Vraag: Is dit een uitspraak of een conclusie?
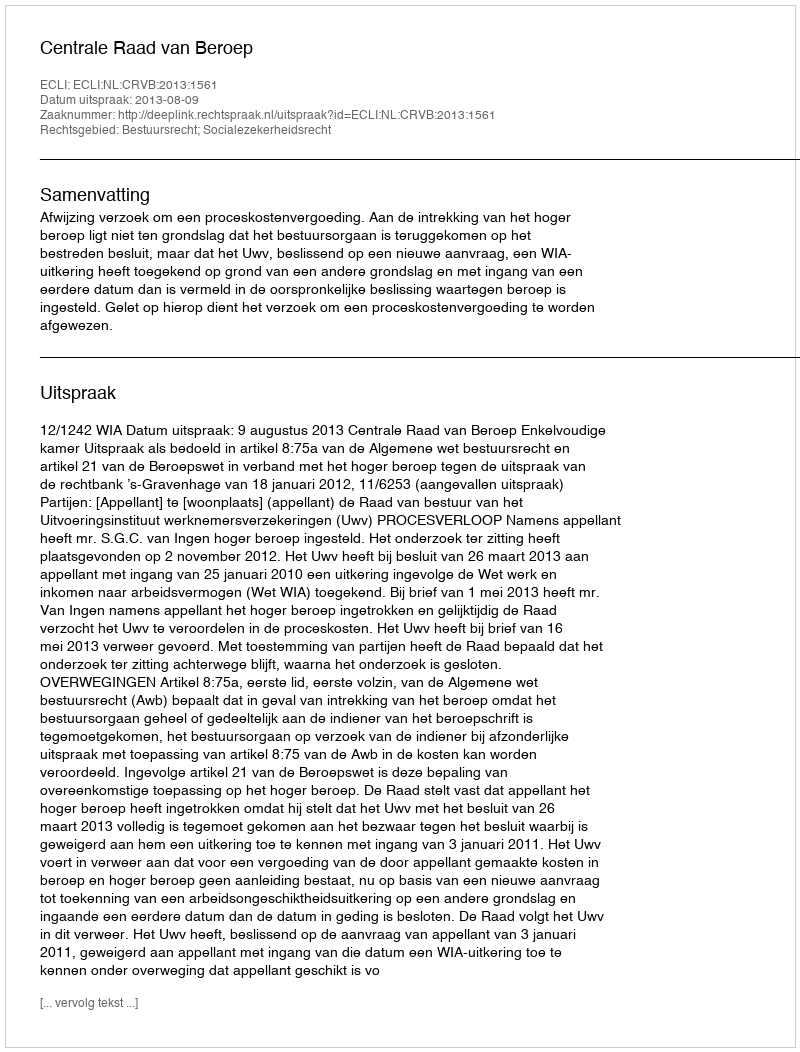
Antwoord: Uitspraak